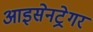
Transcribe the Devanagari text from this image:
आइसेनट्रेगर